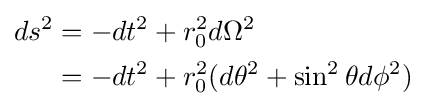
{\begin{aligned}ds^{2}&=-dt^{2}+r_{0}^{2}d\Omega ^{2}\\&=-dt^{2}+r_{0}^{2}(d\theta ^{2}+\sin ^{2}\theta d\phi ^{2})\end{aligned}}